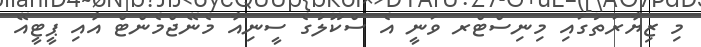
މި ޒިޔާރަތުގައި މިނިސްޓްރ ވަނީ އެ ސްކޫލުގެ ސީނިއާ މެނޭޖްމެންޓް އާއި ޕީޓީއޭ